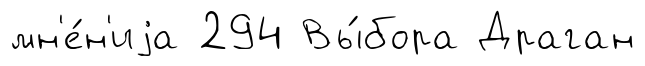
мн'е́н'иjа 294 Вы́бора Драган